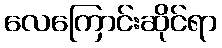
လေကြောင်းဆိုင်ရာ